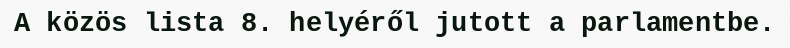
A közös lista 8. helyéről jutott a parlamentbe.